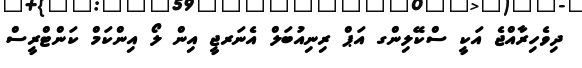
ދިވެހިރާއްޖެ އަކީ ސްކޭލިންގ އަޕް ރިނިއުބަލް އެނަރޖީ އިން ލޯ އިންކަމް ކަންޓްރީސް